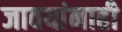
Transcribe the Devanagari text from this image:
जावयांनाही